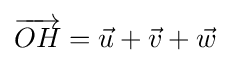
{\overrightarrow {OH}}={\vec {u}}+{\vec {v}}+{\vec {w}}